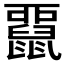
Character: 𪕢